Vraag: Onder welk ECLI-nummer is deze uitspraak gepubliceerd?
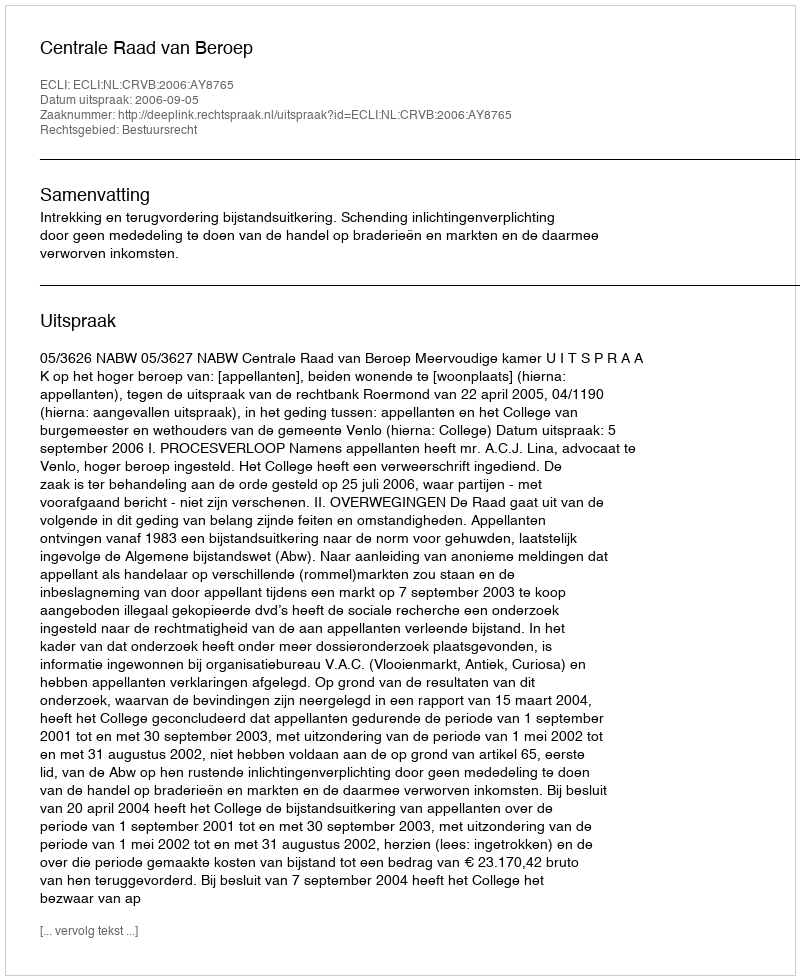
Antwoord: ECLI:NL:CRVB:2006:AY8765